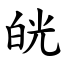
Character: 㿠